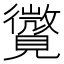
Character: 𧢓